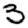
Digit: 3